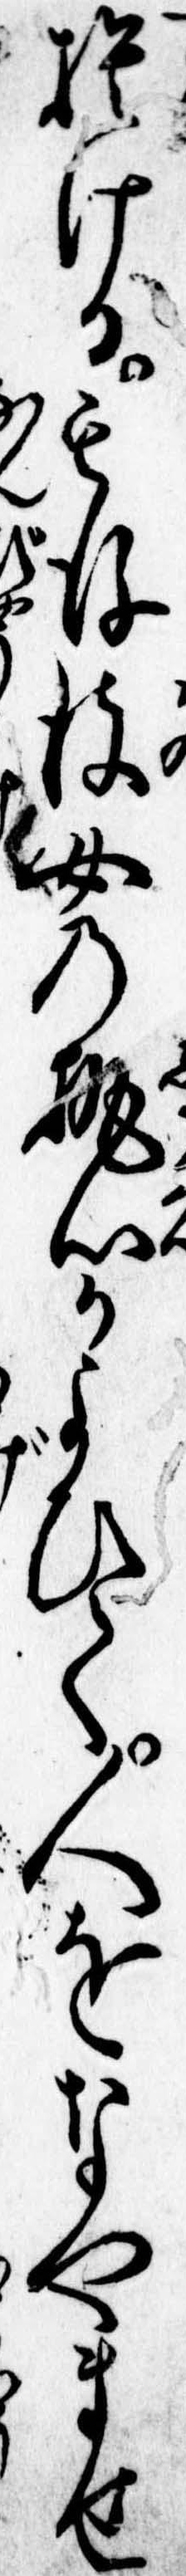
捨ける其後彼女の執心かよひて人をなやませ